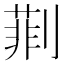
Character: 㔈